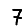
Digit: 7